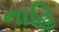
નાહિ